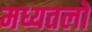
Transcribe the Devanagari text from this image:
मध्यतलों